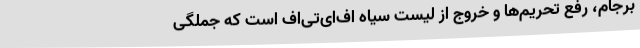
برجام، رفع تحریم‌ها و خروج از لیست سیاه اف‌ای‌تی‌اف است که جملگی